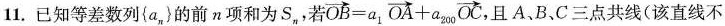
11.已知等差数列{a_{n}}的前n项和为S_{n}若$$\overrightarrow { O B } = a _ { 1 }$$ $$\overrightarrow { O A } + a _ { 2 0 0 }$$\overrightarrow{OC}且A、B、C三点共线(该直线不